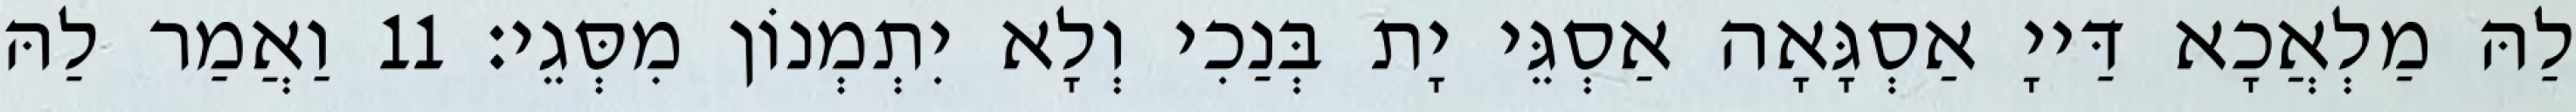
לַהּ מַלְאֲכָא דַּייָ אַסְגָּאָה אַסְגֵּי יָת בְּנַכִי וְלָא יִתְמְנוֹן מִסְּגֵי׃ 11 וַאֲמַר לַהּ